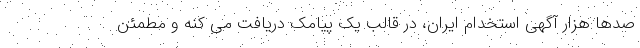
صد‌ها هزار آگهی استخدام ایران، در قالب یک پیامک دریافت می کنه و مطمئن